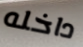
داخله